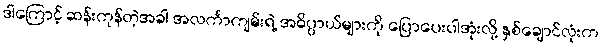
ဒါကြောင့် ဆန်းကုန်တဲ့အခါ အလင်္ကာကျမ်းရဲ့ အဓိပ္ပာယ်များကို ပြောပေးပါအုံးလို့ နှစ်ချောင်လုံးက